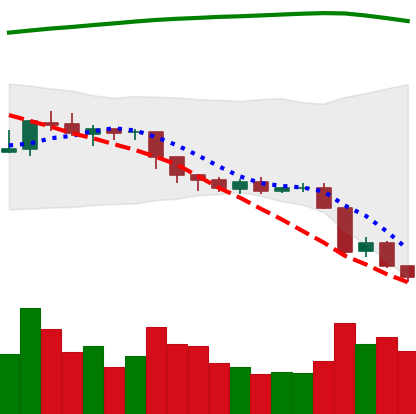
Ticker: EOS-USD
Chart end date: 2018-08-11
Forward return: -9.842%
Label: down_7plus